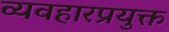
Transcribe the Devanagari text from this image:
व्यवहारप्रयुक्त